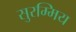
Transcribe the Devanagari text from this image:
सुरम्मिय